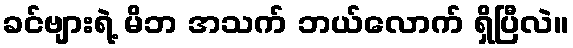
ခင်ဗျားရဲ့ မိဘ အသက် ဘယ်လောက် ရှိပြီလဲ။